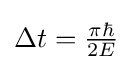
\textstyle \Delta t={\frac {\pi \hbar }{2E}}